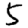
Digit: 5